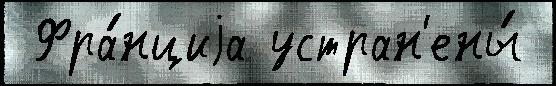
 Фра́нциjа устран'ены́